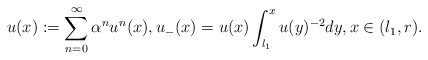
\begin{align*}u({x}):=\sum_{n=0}^\infty \alpha^n u^n({x}),u_-({x})=u({x})\int_{l_1}^{{x}} u({y})^{-2}d{y},{x}\in (l_1,r). \end{align*}